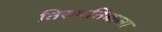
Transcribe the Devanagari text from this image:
तिरुपतिबाला